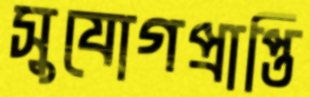
সুযোগপ্রাপ্তি